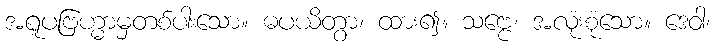
အရူပဗြဟ္မာမှတစ်ပါးသော။ ဓပယိတွာ၊ ထား၍။ သဗ္ဗေ၊ အလုံးစုံသော။ ဒေဝါ၊